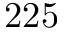
2 2 5